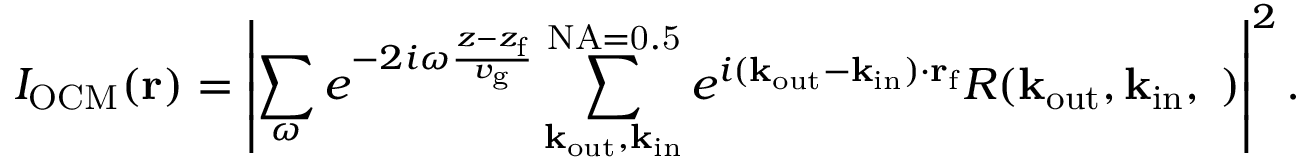
I _ { \mathrm { O C M } } ( { \bf r } ) = \left| \sum _ { \omega } e ^ { - 2 i \omega \frac { z - z _ { \mathrm { f } } } { v _ { \mathrm { g } } } } \sum _ { \bf k _ { \mathrm { o u t } } , \bf k _ { \mathrm { i n } } } ^ { \mathrm { N A = 0 . 5 } } e ^ { i ( { \bf k } _ { \mathrm { o u t } } - { \bf k } _ { \mathrm { i n } } ) \cdot { \bf r } _ { \mathrm { f } } } R ( \bf k _ { \mathrm { o u t } } , \bf k _ { \mathrm { i n } } , \omega ) \right| ^ { 2 } .